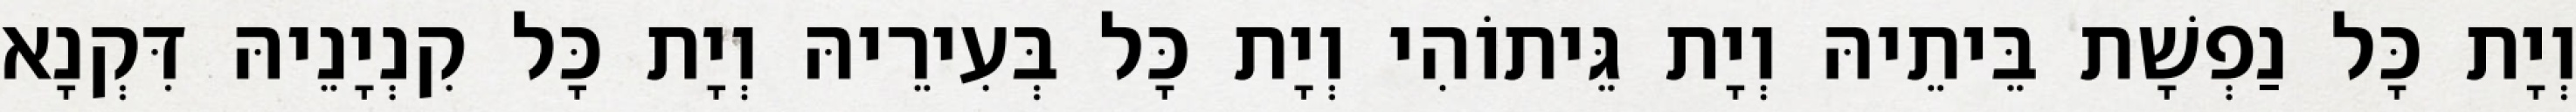
וְיָת כָּל נַפְשָׁת בֵּיתֵיהּ וְיָת גֵּיתוֹהִי וְיָת כָּל בְּעִירֵיהּ וְיָת כָּל קִנְיָנֵיהּ דִּקְנָא